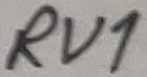
Text: RV1